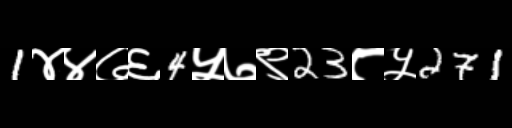
Text: 1४४७६4५७९23८५271